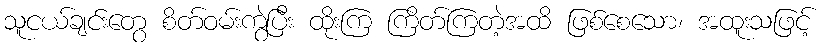
သူငယ်ချင်းတွေ စိတ်ဝမ်းကွဲပြီး ထိုးကြ ကြိတ်ကြတဲ့အထိ ဖြစ်စေသော၊ အထူးသဖြင့်